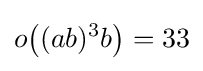
o{\bigl (}(ab)^{3}b{\bigr )}=33